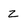
Character: z